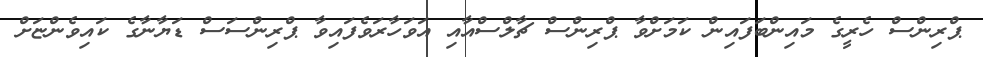
ޕްރިންސް ހެރީގެ މައިންބަފައިން ކަމަށްވާ ޕްރިންސް ޗާލްސްއާއި އަވަހާރަވެފައިވާ ޕްރިންސަސް ޑަޔާނާގެ ކައިވެންޏަށް